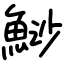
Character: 鯋